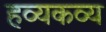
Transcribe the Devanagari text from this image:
हव्यकव्य